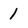
Character: 1